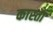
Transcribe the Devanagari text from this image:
कास्ता